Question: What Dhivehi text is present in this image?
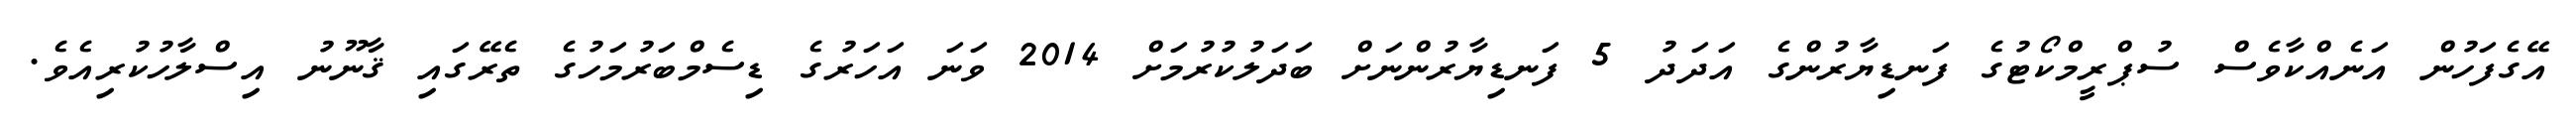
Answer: އޭގެފަހުން އަނެއްކާވެސް ސުޕްރީމްކޯޓުގެ ފަނޑިޔާރުންގެ އަދަދު 5 ފަނޑިޔާރުންނަށް ބަދަލުކުރުމަށް 2014 ވަނަ އަހަރުގެ ޑިސެމްބަރުމަހުގެ ތެރޭގައި ޤާނޫނު އިސްލާހުކުރިއެވެ.